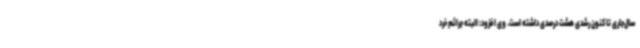
سال‌جاری تا کنون رشدی هشت درصدی داشته است. وی افزود: البته جرائم خرد